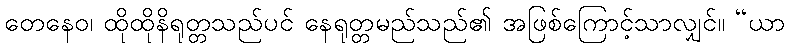
တေနေဝ၊ ထိုထိုနိရုတ္တသည်ပင် နေရုတ္တမည်သည်၏ အဖြစ်ကြောင့်သာလျှင်။ “ယာ